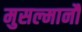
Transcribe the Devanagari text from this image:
मुसल्मानौं